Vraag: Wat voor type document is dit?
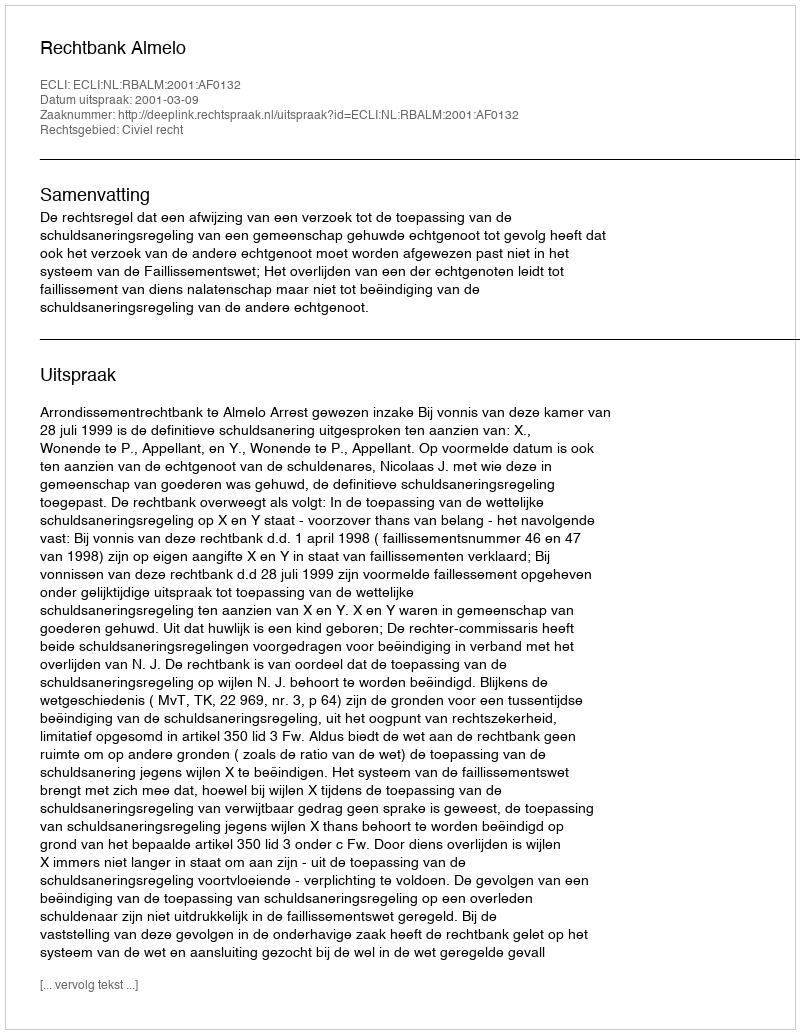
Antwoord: Uitspraak